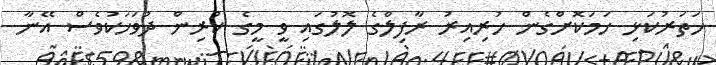
ހަތަރުކަޅި ހަމަކޮށްގެން ހުރިއިރު ރާފިލްގެ ލޮލުގައި ވީ މީގެ ކުރިން ދުވަހަކުވެސް އޭނާ